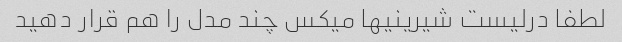
لطفا درلیست شیرینیها میکس چند مدل را هم قرار دهید